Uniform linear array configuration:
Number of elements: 8
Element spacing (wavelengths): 0.75
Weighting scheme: binomial
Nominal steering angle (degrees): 0
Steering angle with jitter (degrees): -1.437
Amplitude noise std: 0.05
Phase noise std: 0.05

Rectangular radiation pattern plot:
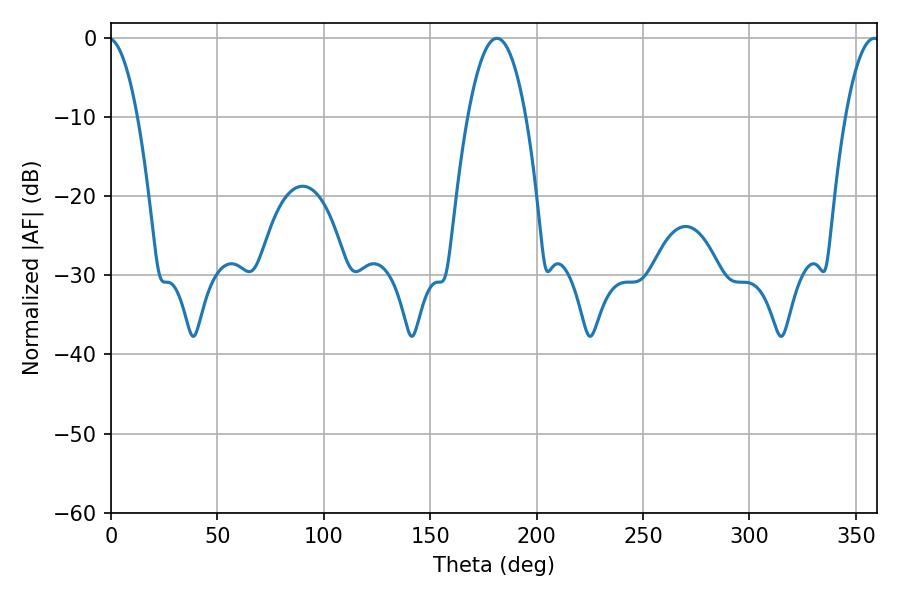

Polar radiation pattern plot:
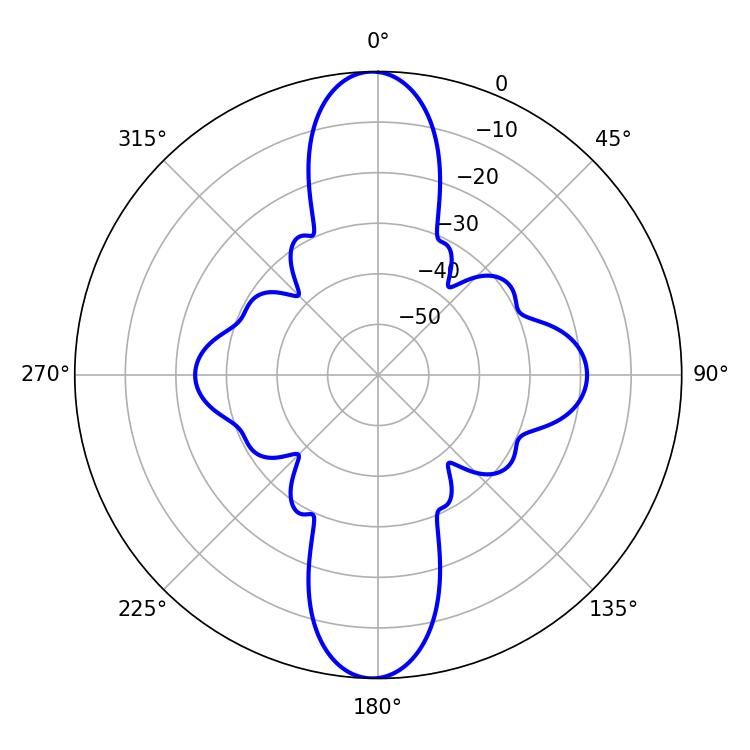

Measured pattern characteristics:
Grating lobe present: TRUE
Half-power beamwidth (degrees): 15.12
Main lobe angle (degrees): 181.26